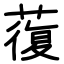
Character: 蕧